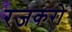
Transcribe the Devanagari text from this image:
रजकरों